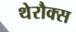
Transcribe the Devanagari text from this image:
थेरौक्स